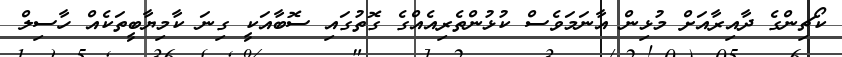
ކޯޗިންގެ ދާއިރާއަށް މުޅިން އާނަމަވެސް ކުޅުންތެރިއެއްގެ ގޮތުގައި ސޮބާއަކީ ގިނަ ކާމިޔާބީތަކެއް ހާސިލް